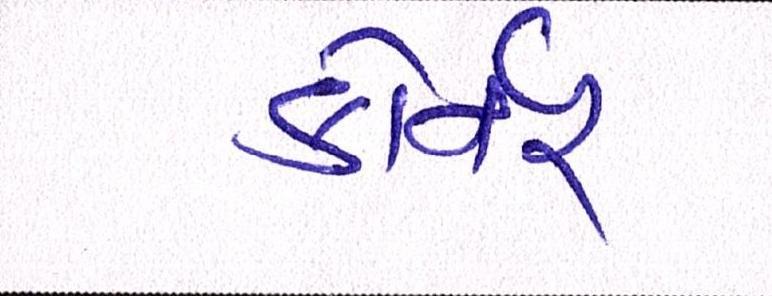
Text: કોર્નર